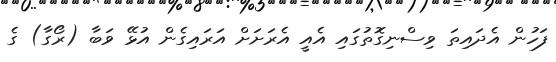
ފަހުން އެދައިތަ ވިސްނިގޮތުގައި އެއީ އެރަށަށް އަރައިގެން އުޅޭ ވަބާ (ރޯގާ) ގެ